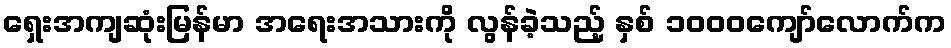
ရှေးအကျဆုံးမြန်မာ အရေးအသားကို လွန်ခဲ့သည့် နှစ် ၁၀၀၀ကျော်လောက်က